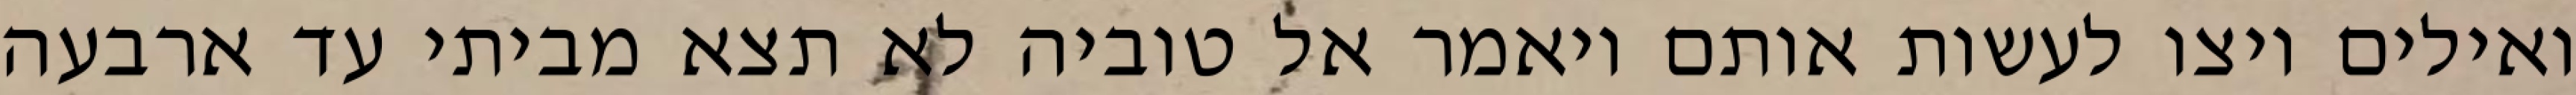
ואילים ויצו לעשות אותם ויאמר אל טוביה לא תצא מביתי עד ארבעה